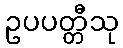
ဥပပတ္တီသု